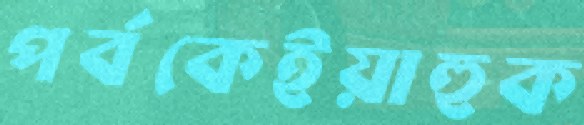
পর্বকেইয়াহুক